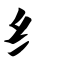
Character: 纟